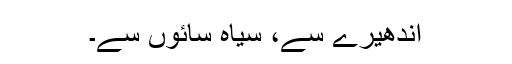
اندھیرے سے، سیاہ سائوں سے۔